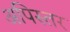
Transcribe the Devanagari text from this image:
अपिस्तर